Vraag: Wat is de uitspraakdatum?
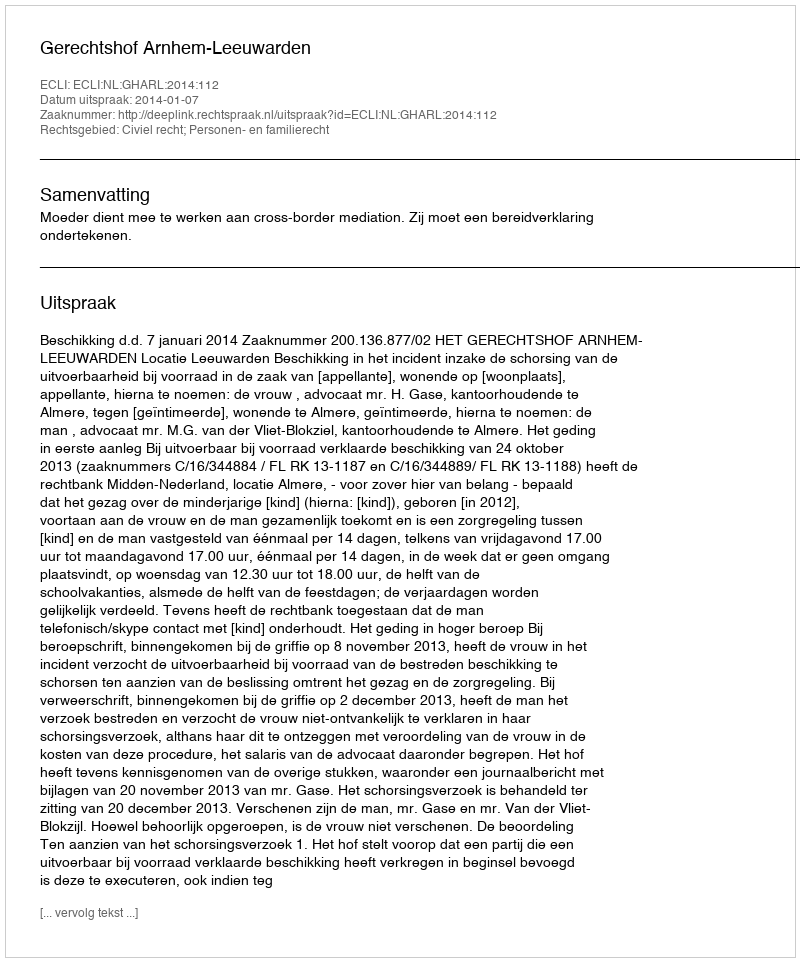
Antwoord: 2014-01-07